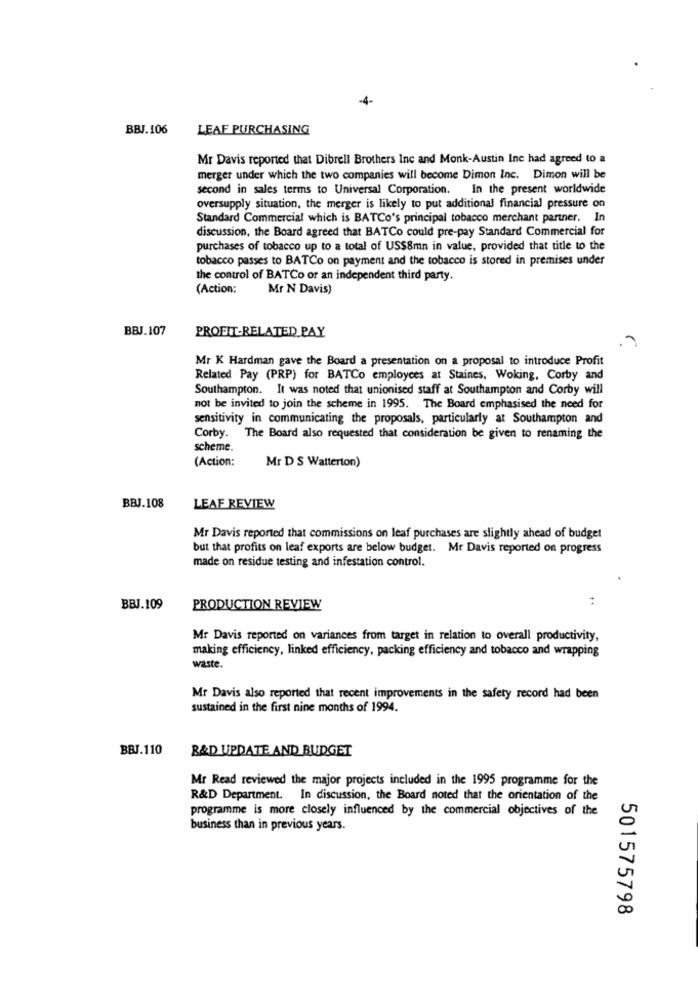
4-
BBJ.106
LEAF PURCHASING
Mr Davis reported that Dibrell Brothers Inc and Monk-Austin Inc had agreed to a
merger under which the two companies will become Dimon Inc. Dimon will be
second in sales terms to Universal Corporation. In the present worldwide
oversupply situation, the merger is likely to put additional financial pressure on
Standard Commercial which is BATCo's principal tobacco merchant partner. In
discussion, the Board agreed that BATCo could pre-pay Standard Commercial for
purchases of tobacco up to a total of US$8mn in value, provided that title to the
tobacco passes to BATCo on payment and the tobacco is stored in premises under
the control of BATCo or an independent third party.
(Action:
Mr N Davis)
BBJ.107
PROFIT-RELATED PAY
Mr K Hardman gave the Board a presentation on a proposal to introduce Profit
Related Pay (PRP) for BATCo employees at Staines, Woking, Corby and
Southampton. It was noted that unionised staff at Southampton and Corby will
not be invited to join the scheme in 1995. The Board emphasised the need for
sensitivity in communicating the proposals, particularly at Southampton and
Corby. The Board also requested that consideration be given to renaming the
scheme.
(Action:
Mr D S Watterton)
BBJ.108
LEAF REVIEW
Mr Davis reported that commissions on leaf purchases are slightly ahead of budget
but that profits on leaf exports are below budget. Mr Davis reported on progress
made on residue testing and infestation control.
BBJ.109
PRODUCTION REVIEW
Mr Davis reported on variances from target in relation to overall productivity,
making efficiency, linked efficiency, packing efficiency and tobacco and wrapping
waste.
Mr Davis also reported that recent improvements in the safety record had been
sustained in the first nine months of 1994.
BBJ.110
R&D UPDATE AND BUDGET
Mr Read reviewed the major projects included in the 1995 programme for the
R&D Department. In discussion, the Board noted that the orientation of the
programme is more closely influenced by the commercial objectives of the
business than in previous years.
501575798